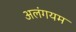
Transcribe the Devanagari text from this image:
अलंगयम